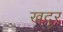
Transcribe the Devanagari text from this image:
खदूर